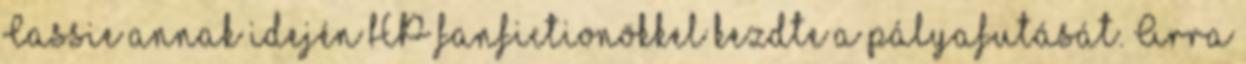
Cassie annak idején HP fanfictionökkel kezdte a pályafutását. Arra